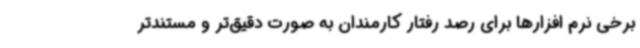
برخی نرم افزارها برای رصد رفتار کارمندان به صورت دقیق‌تر و مستندتر